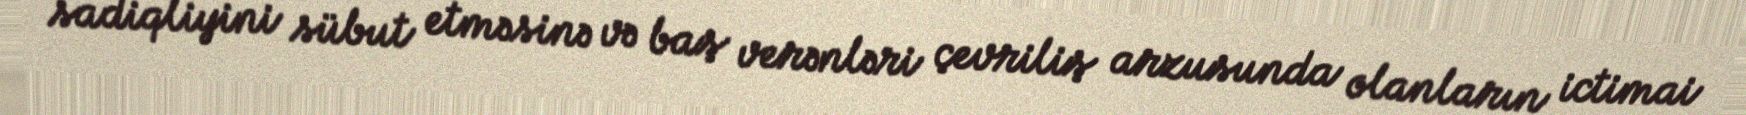
sadiqliyini sübut etməsinə və baş verənləri çevriliş arzusunda olanların ictimai